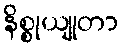
နိစ္စုယျုတာ